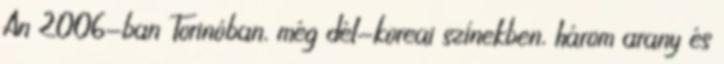
An 2006-ban Torinóban, még dél-koreai színekben, három arany és